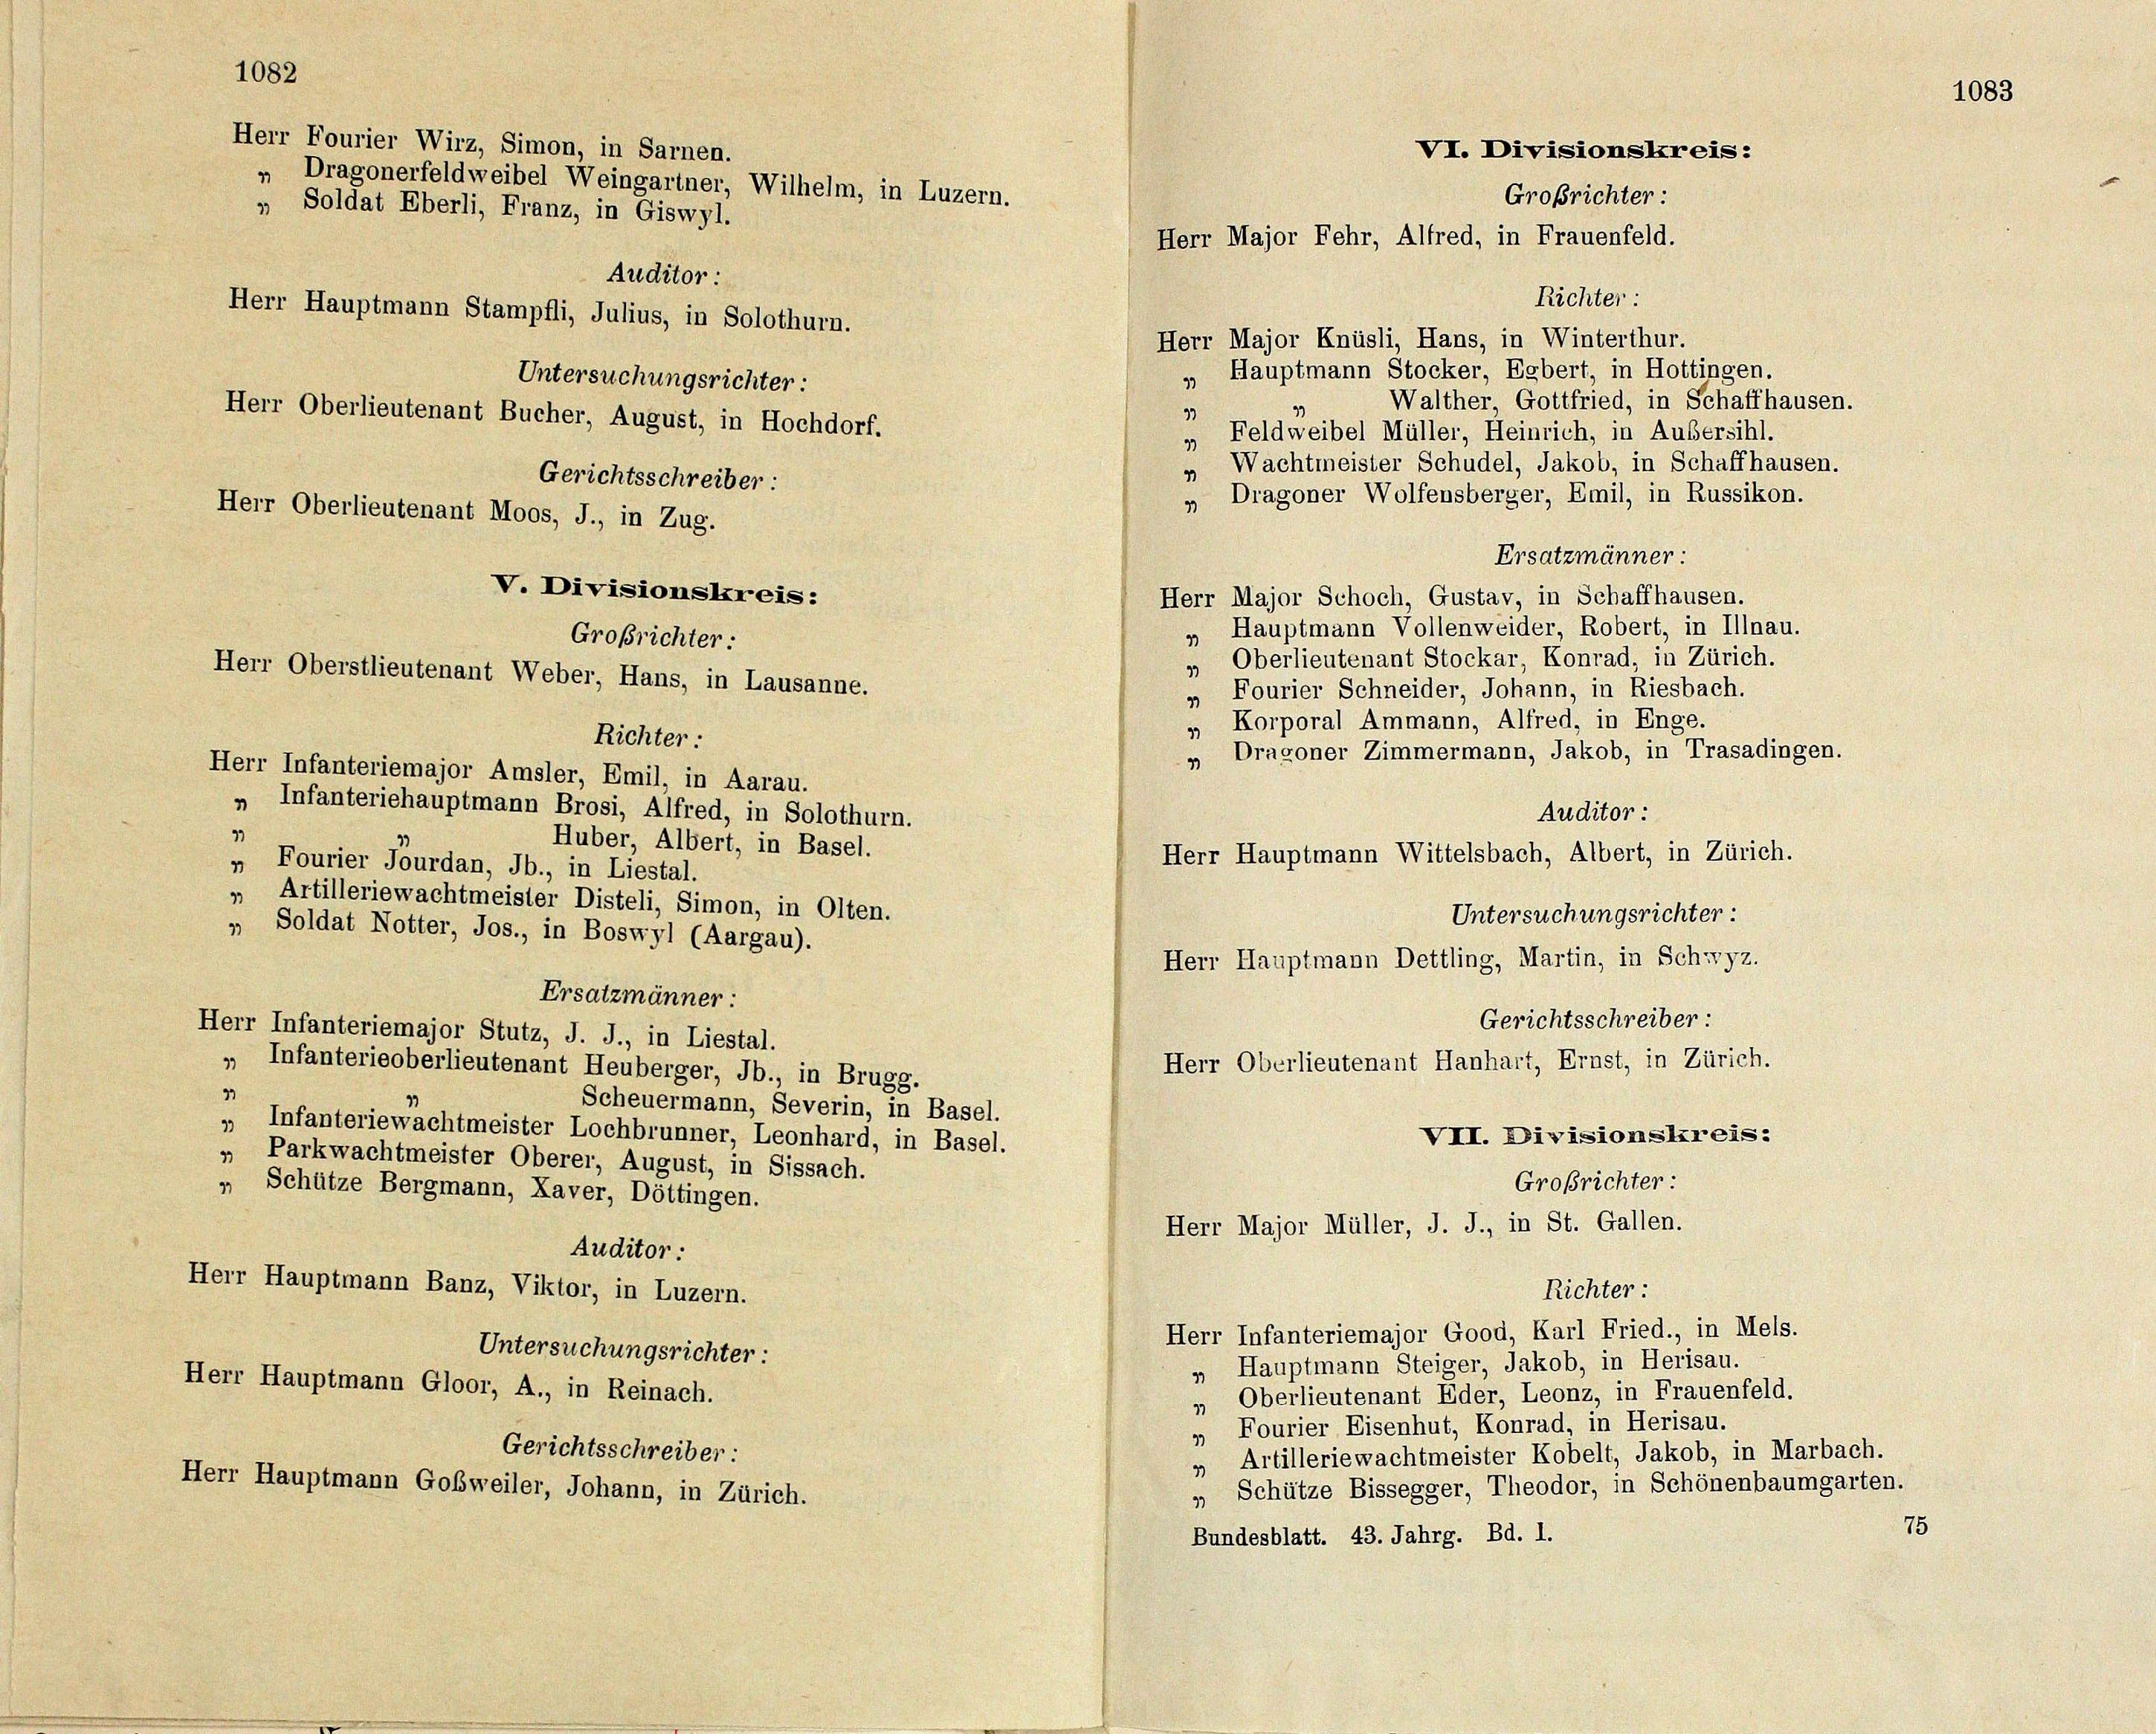
„ Dragonerfeldweibel Weingartner, Wilhelm, in Luzern.
„ Soldat Eberli, Franz, in Giswyl.
Herr Hauptmann Stampfli, Julius, in Solothurn.
Untersuchungsrichter:
Herr Oberlieutenant Bucher, August, in Hochdorf.
Gerichtsschreiber:
Herr Oberlieutenant Moos, J., in Zug.

1082

Herr Fourier Wirz, Simon, in Sarnen

Richter :
Herr Major Knüsli, Hans, in Winterthur.
„ Hauptmann Stocker, Egbert, in Hottingen.
Walther, Gottfried, in Schaffhausen.
93
Feldweibel Müller, Heinrich, in Außersihl.
99
» Wachtmeister Schudel, Jakob, in Schaffhausen.
» Dragoner Wolfensberger, Emil, in Russikon.
Ersatzmänner:
Herr Major Schoch, Gustav, in Schaffhausen.
» Hauptmann Vollenweider, Robert, in Illnau.
Großrichter.
» Oberlieutenant Stockar, Konrad, in Zürich.
Herr Oberstlieutenant Weber, Hans, in Lausanne.
„ Fourier Schneider, Johann, in Riesbach.
» Korporal Ammann, Alfred, in Enge.
Richter:
„ Dragoner Zimmermann, Jakob, in Trasadingen.
Herr Infanteriemajor Amsler, Emil, in Aarau.
„ Infanteriehauptmann Brosi, Alfred, in Solothurn.
Auditor :
1
Huber, Albert, in Basel.
Herr Hauptmann Wittelsbach, Albert, in Zürich.
„ Fourier Jourdan, Ib., in Liestal.
» Artilleriewachtmeister Disteli, Simon, in Olten.
Untersuchungsrichter
„ Soldat Notter, Jos., in Boswyl (Aargau).
Herr Hauptmann Dettling, Martin, in Schwyz.
Ersatzmänner
Gerichtsschreiber:
Herr Infanteriemajor Stutz, J. J., in Liestal.
Herr Oberlieutenant Hanhart, Ernst, in Zürich.
„ Infanterieoberlieutenant Heuberger, Jb., in Brugg.
1
1
Scheuermann, Severin, in Basel.
„ Infanteriewachtmeister Lochbrunner, Leonhard, in Basel.
VII. Divisionskreis:
Parkwachtmeister Oberer, August, in Sissach.
Großrichter:
14
Schütze Bergmann, Kaver, Döttingen.
Herr Major Müller, J. J., in St. Gallen.
Auditor :
Herr Hauptmann Banz, Viktor, in Luzern.
Richter:
Herr Infanteriemajor Good, Karl Fried., in Mels.
Untersuchungsrichter
» Hauptmann Steiger, Jakob, in Herisau.
Herr Hauptmann Gloor, A., in Reinach.
„ Oberlieutenant Eder, Leonz, in Frauenfeld.
„ Fourier Eisenhut, Konrad, in Herisau.
Gerichtsschreiber:
» Artilleriewachtmeister Kobelt, Jakob, in Marbach.
Herr Hauptmann Goßweiler, Johann, in Zürich.
„ Schütze Bissegger, Theodor, in Schönenbaumgarten.
75
Bundesblatt. 43. Jahrg. Bd. 1.

Auditor

V. Divisionskreis:

VI. Divisionskreis:
Großrichter:
Herr Major Fehr, Alfred, in Frauenfeld.

1083